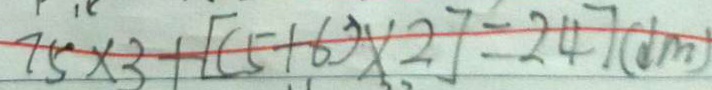
7 5 \times 3 + [ ( 5 + 6 ) \times 2 ] = 2 4 7 ( d m )